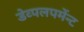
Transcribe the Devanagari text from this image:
डेव्पलपमेंन्ट